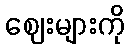
ဈေးများကို